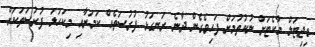
ޑިޖިޓަލް މާކެޓަށް ނުކުތުމަށް ފަހިވެގެން ދާނެ ރަނގަޅު ފުރުސަތެއް ކަމަށާއި މިކަހަލަ ފުރުސަތަކަށް